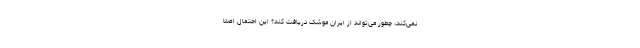
نمی‌کند، چطور می‌تواند از ایران موشک دریافت کند؟ این احتمال اصلا